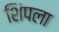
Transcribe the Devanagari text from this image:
शिंपला